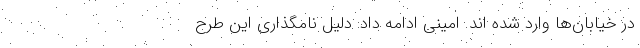
در خیابان‌ها وارد شده اند. امینی ادامه داد: دلیل نامگذاری این طرح